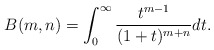
\begin{align*}B(m,n)=\int_0^{\infty}\frac{t^{m-1}}{(1+t)^{m+n}} dt.\end{align*}